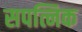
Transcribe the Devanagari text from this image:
सपत्निक